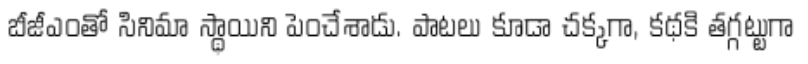
బీజీఎంతో సినిమా స్థాయిని పెంచేశాడు. పాటలు కూడా చక్కగా, కథకి తగ్గట్టుగా